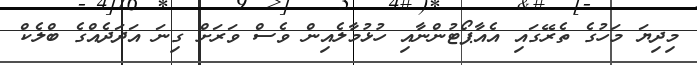
މިދިޔަ މަހުގެ ތެރޭގައި އެއާޕޯޓުންނާއި ހުޅުމާލެއިން ވެސް ވަރަށް ގިނަ އަދަދެއްގެ ބްލެކް